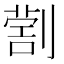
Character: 𠟗